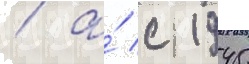
/ а́ с 1945